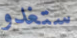
ستغدو